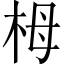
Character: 栂